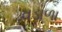
વડાળા